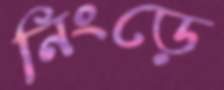
নিংড়ে